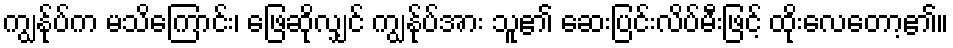
ကျွန်ုပ်က မသိကြောင်း၊ ဖြေဆိုလျှင် ကျွန်ုပ်အား သူ၏ ဆေးပြင်းလိပ်မီးဖြင့် ထိုးလေတော့၏။